Report on sanitation, dispensaries, and jails in Rajputana for 1919, and on vaccination for the year 1919-1920 - 1919-1920
Year: 1919
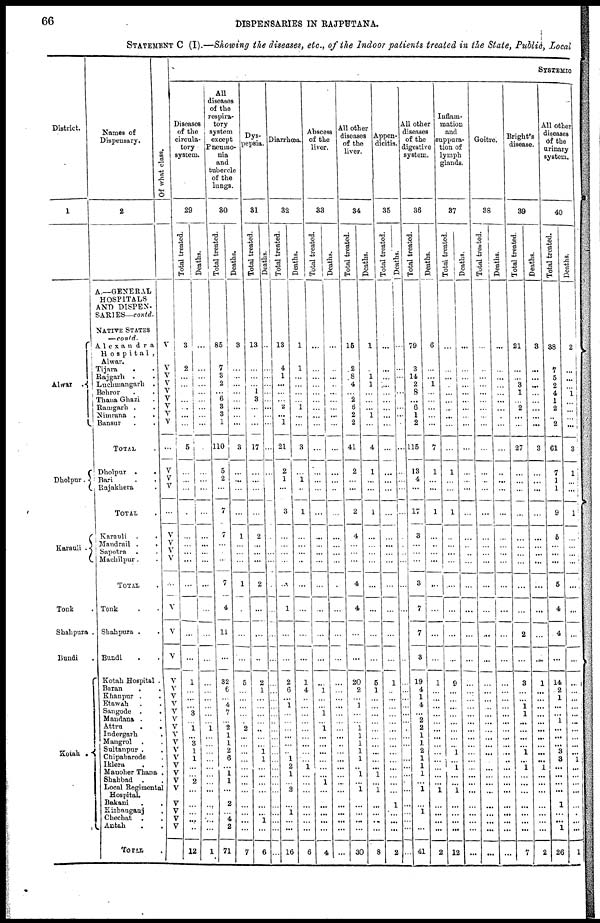
66
DISPENSARIES IN RAJPUTANA.
STATEMENT C (I).—Showing the diseases, etc., of the Indoor patients treated in the State, Public, Local
District.
1
Alwar .
Dholpur.
Karauli .
Tonk .
Shahpura .
Bundi .
Kotah .
Names of
Dispensary.
2
A.—GENERAL
HOSPITALS
AND DISPEN-
SARIES—contd.
NATIVE STATES
—contd.
Alexandra
Hospital,
Alwar.
Tijara . .
Rajgarh . .
Luchmangarh .
Behror . .
Thana Ghazi .
Ramgarh . .
Nimrana . .
Bansur . .
TOTAL .
Dholpur .
.
Bari . .
Rajakhera . .
TOTAL
Karauli . .
Mandrail .
.
Sapotra . .
Machilpur . .
TOTAL .
Tonk
Shahpura . .
Bundi . .
Kotah Hospital .
Baran . .
Khanpur . .
Etawah . .
Sangode . .
Maudana . .
Attru
.
.
Indergarh .
Mangrol . .
Sultanpur . .
Chipabarode .
Iklera . .
Manoher Thana .
Shahbad . .
Local Regimental
Hospital.
Bakani
.
.
Kishanganj .
Chechat . .
Antah . .
TOTAL .
Of what class.
V
V
V
V
V
V
V
V V
...
V
V
V
...
V
V
V
V
...
V
V
V
V
V
V
V
V
V
V
V
V
V
V
V
V
V
V
V
V
V
V
...
SYSTEMIC
Diseases
of the
circula-
tory
system.
29
Total treated.
3
2
...
... ...
...
...
...
...
5
...
...
...
...
...
... ...
...
...
...
...
...
1
...
...
... 3
... 1
... 3
1
1
...
... 2
...
... ...
...
...
12
Deaths.
...
...
...
...
...
...
...
...
...
...
...
...
...
...
...
...
...
...
...
...
...
...
...
...
...
...
...
... 1
... ...
...
...
...
...
... ...
... ...
...
...
1
All
diseases
of the
respira-
tory
system
except
Pneumo-
nia
and
tubercle
of the
lungs.
30
Total treated.
85
7
3
2
... 6
3
3
1
110
5
2
...
7
7
...
...
...
7
4
11
...
32
6
... 4
7
... 2
1
1
2
6
... 1
1
...
2
...
4
2
71
Deaths.
3
...
...
...
...
...
...
... ...
3
...
...
...
...
1
...
...
...
1
...
...
...
5
...
...
...
...
... 2
... ...
...
...
...
... ...
...
...
... ...
...
7
Dys¬
pepsia.
31
Total treated.
13
...
...
... 1
3
...
...
...
17
...
...
...
...
2
...
...
...
2
...
...
..
2
1
...
...
...
... ...
... ... 1
1
... ...
...
...
...
...
1
...
6
Deaths.
...
...
...
...
...
... ...
... ...
...
...
...
...
...
...
...
...
...
...
...
...
...
...
...
...
...
...
...
...
... ...
...
...
...
...
...
...
...
...
...
...
...
Diarrhœa.
32
Total treated.
13
4
1
...
... ...
2
... 1
21
2
1
...
3
...
...
...
...
...
1
...
...
2
6
...
1
...
...
... ...
...
... 1
2
1
... 2
...
1
... ...
16
Deaths.
1
1
...
...
...
...
1
...
...
3
...
1
...
1
...
...
...
...
...
...
...
...
1
4
...
...
...
...
...
... ...
...
... 1
...
...
...
...
...
... ...
6
Abscess
of the
liver.
33
Total treated.
...
...
...
...
...
...
...
...
...
...
...
...
...
...
...
... ...
...
...
...
...
...
...
1
...
... 1
... 1
...
...
...
... ...
...
1
...
...
...
...
...
4
Deaths.
...
...
....
... ...
...
...
...
...
...
...
...
...
...
...
...
...
...
...
...
...
...
...
...
... ...
...
...
... ... ...
...
...
...
... ...
...
...
...
...
...
...
All other
diseases
of the
liver.
34
Total treated.
15
2
8
4
... 2
6
2
2
41
2
... ...
2
4
...
...
...
4
4
...
...
20
2
... 1
...
... 1 1
1
1
1
..
1
...
1
...
...
...
...
30
Deaths.
1
...
1
1
...
...
...
1
...
4
1
...
...
1
...
...
...
...
...
...
...
...
5
1
...
...
...
...
...
... ...
...
... ...
1
... 1
...
... ...
...
8
Appen-
dicitis.
35
Total treated.
...
...
... ...
...
...
...
... ...
...
...
...
...
...
...
...
...
...
...
...
...
...
1
... ...
...
...
... ...
... ...
...
... ...
...
...
...
1
...
...
...
2
Deaths.
...
...
...
...
...
...
...
... ...
...
...
...
...
...
...
...
...
...
...
...
...
...
...
... ...
...
...
...
...
... ...
...
... ...
...
...
...
...
...
...
...
...
All other
diseases
of the
digestive
system.
36
Total treated.
79
3
14
2
8
...
6
1
2
115
13
4
...
17
3
...
...
...
3
7
7
3
19
4
1
4
...
2
2
1
1
2
1
1
1
...
...
...
1
... ...
41
Deaths.
6
...
...
1
...
...
...
... ...
7
1
... ...
1
...
..
...
...
...
...
...
...
1
...
... ...
...
... ...
...
...
...
...
...
... ...
1
...
...
...
...
2
Inflam-
mation
and
suppura-
tion of
lymph
glands.
87
Total treated.
...
...
...
... ...
... ...
...
...
...
1
...
...
1
...
...
...
...
....
...
...
...
9
...
... ...
... ...
... ... ...
1
...
1
...
...
1
...
...
...
...
12
Deaths.
...
...
... ...
...
...
...
...
...
...
...
...
...
...
...
...
...
...
...
...
...
...
...
...
...
...
... ...
...
...
...
...
... ...
...
...
...
... ...
... ...
...
Goitre.
38
Total treated.
...
...
...
... ...
...
...
...
...
...
...
...
...
...
...
...
...
...
...
...
...
...
...
...
... ...
...
...
... ... ...
...
... ...
...
...
...
...
...
...
...
...
Deaths.
...
...
...
... ...
...
...
...
...
...
...
...
...
...
...
...
...
...
...
...
...
...
...
...
...
... ...
...
...
...
...
...
...
...
...
...
...
...
...
...
...
...
Bright's
disease.
39
Total treated.
21
...
...
3
1
... 2
...
...
27
...
...
...
...
...
...
...
...
...
...
2
...
3
... ...
1
1
...
... ...
...
1
...
1
... ...
...
...
...
...
...
7
Deaths.
3
...
...
...
...
... ...
...
...
3
...
...
...
...
...
...
...
...
...
...
...
...
1
...
...
...
...
...
...
...
...
...
...
1
...
...
...
...
...
...
...
2
All other
diseases
of the
urinary
system.
40
Total treated.
38
7
5
2
4
1
2
... 2
61
7
1
1
9
5
...
...
. ..
5
4
4
...
14
2
1
...
...
... ...
...
...
...
... ...
...
...
1
... ...
1
...
26
Deaths.
2
...
...
1
...
...
... ...
3
1
... ...
1
...
...
...
...
...
...
...
...
...
...
...
...
...
...
... ...
... 1
...
...
...
...
...
... ...
1